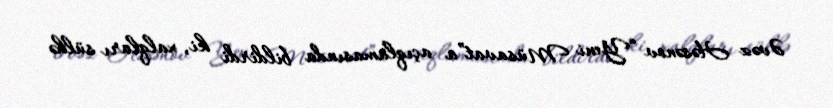
Əvəz Həsənov “Yeni Müsavat”a açıqlamasında bildirdi ki, xalqları sülhə